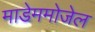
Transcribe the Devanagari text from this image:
माडेममोजेल